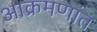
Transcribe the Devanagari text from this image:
आक्रमणांत